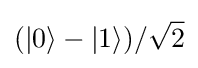
(|0\rangle -|1\rangle )/{\sqrt {2}}